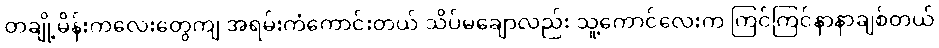
တချို့မိန်းကလေးတွေကျ အရမ်းကံကောင်းတယ် သိပ်မချောလည်း သူ့ကောင်လေးက ကြင်ကြင်နာနာချစ်တယ်